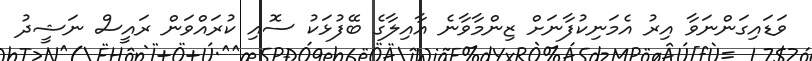
ވަޑައިގަންނަވާ އިރު އެމަނިކުފާނަށް ޒިންމާވާނެ އާއިލާގެ ބޭފުޅަކު ސޮއި ކުރައްވަން ރައީސް ނަޝީދު